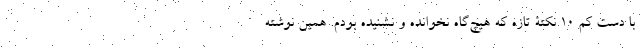
با دست کم 10 نکتۀ تازه که هیچ‌گاه نخوانده و نشنیده بودم. همین نوشته